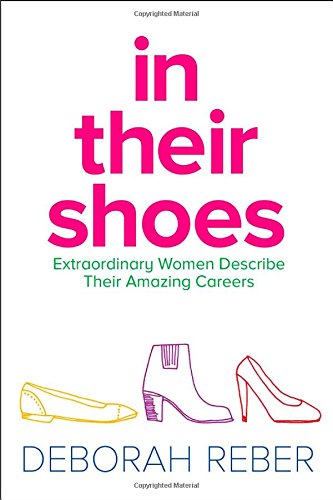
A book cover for In Their Shoes: Extraordinary Women Describe Their Amazing Careers; Deborah Reber; Teen & Young Adult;